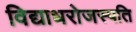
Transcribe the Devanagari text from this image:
विद्याधरोजस्पति